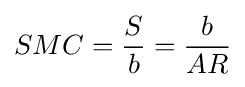
SMC={S \over b}={b \over AR}